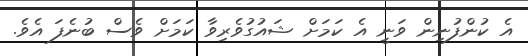
އެ ކުންފުނިން ވަނީ އެ ކަމަށް ޝައުގުވެރިވާ ކަމަށް ވެސް ބުނެފަ އެވެ.